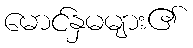
မောင်နှမများ၏